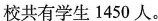
校共有学生1450人。